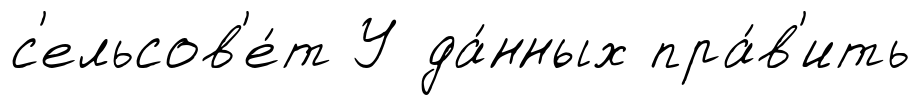
с'ельсов'е́т У да́нных пра́в'ить